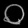
Digit: ၀